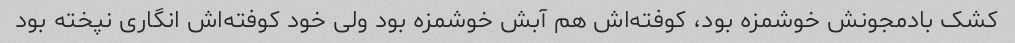
کشک بادمجونش خوشمزه بود، کوفته‌اش هم آبش خوشمزه بود ولی خود کوفته‌اش انگاری نپخته بود